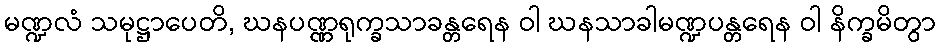
မဏ္ဍလံ သမုဋ္ဌာပေတိ, ဃနပဏ္ဏရုက္ခသာခန္တရေန ဝါ ဃနသာခါမဏ္ဍပန္တရေန ဝါ နိက္ခမိတွာ